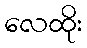
လေထိုး